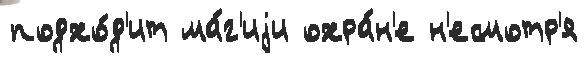
подхо́д'ит ма́г'иjи охра́н'е н'есмотр'я